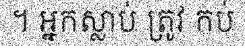
។ អ្នកស្លាប់ ត្រូវ កប់